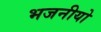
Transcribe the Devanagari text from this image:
भजनीयो